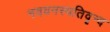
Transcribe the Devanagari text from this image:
नववनस्पतिवृन्द